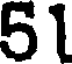
51